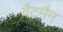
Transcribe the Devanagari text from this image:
वैटमैन